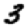
Digit: 3